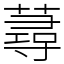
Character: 蕁